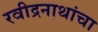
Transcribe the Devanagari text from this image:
रवीद्रनाथांचा